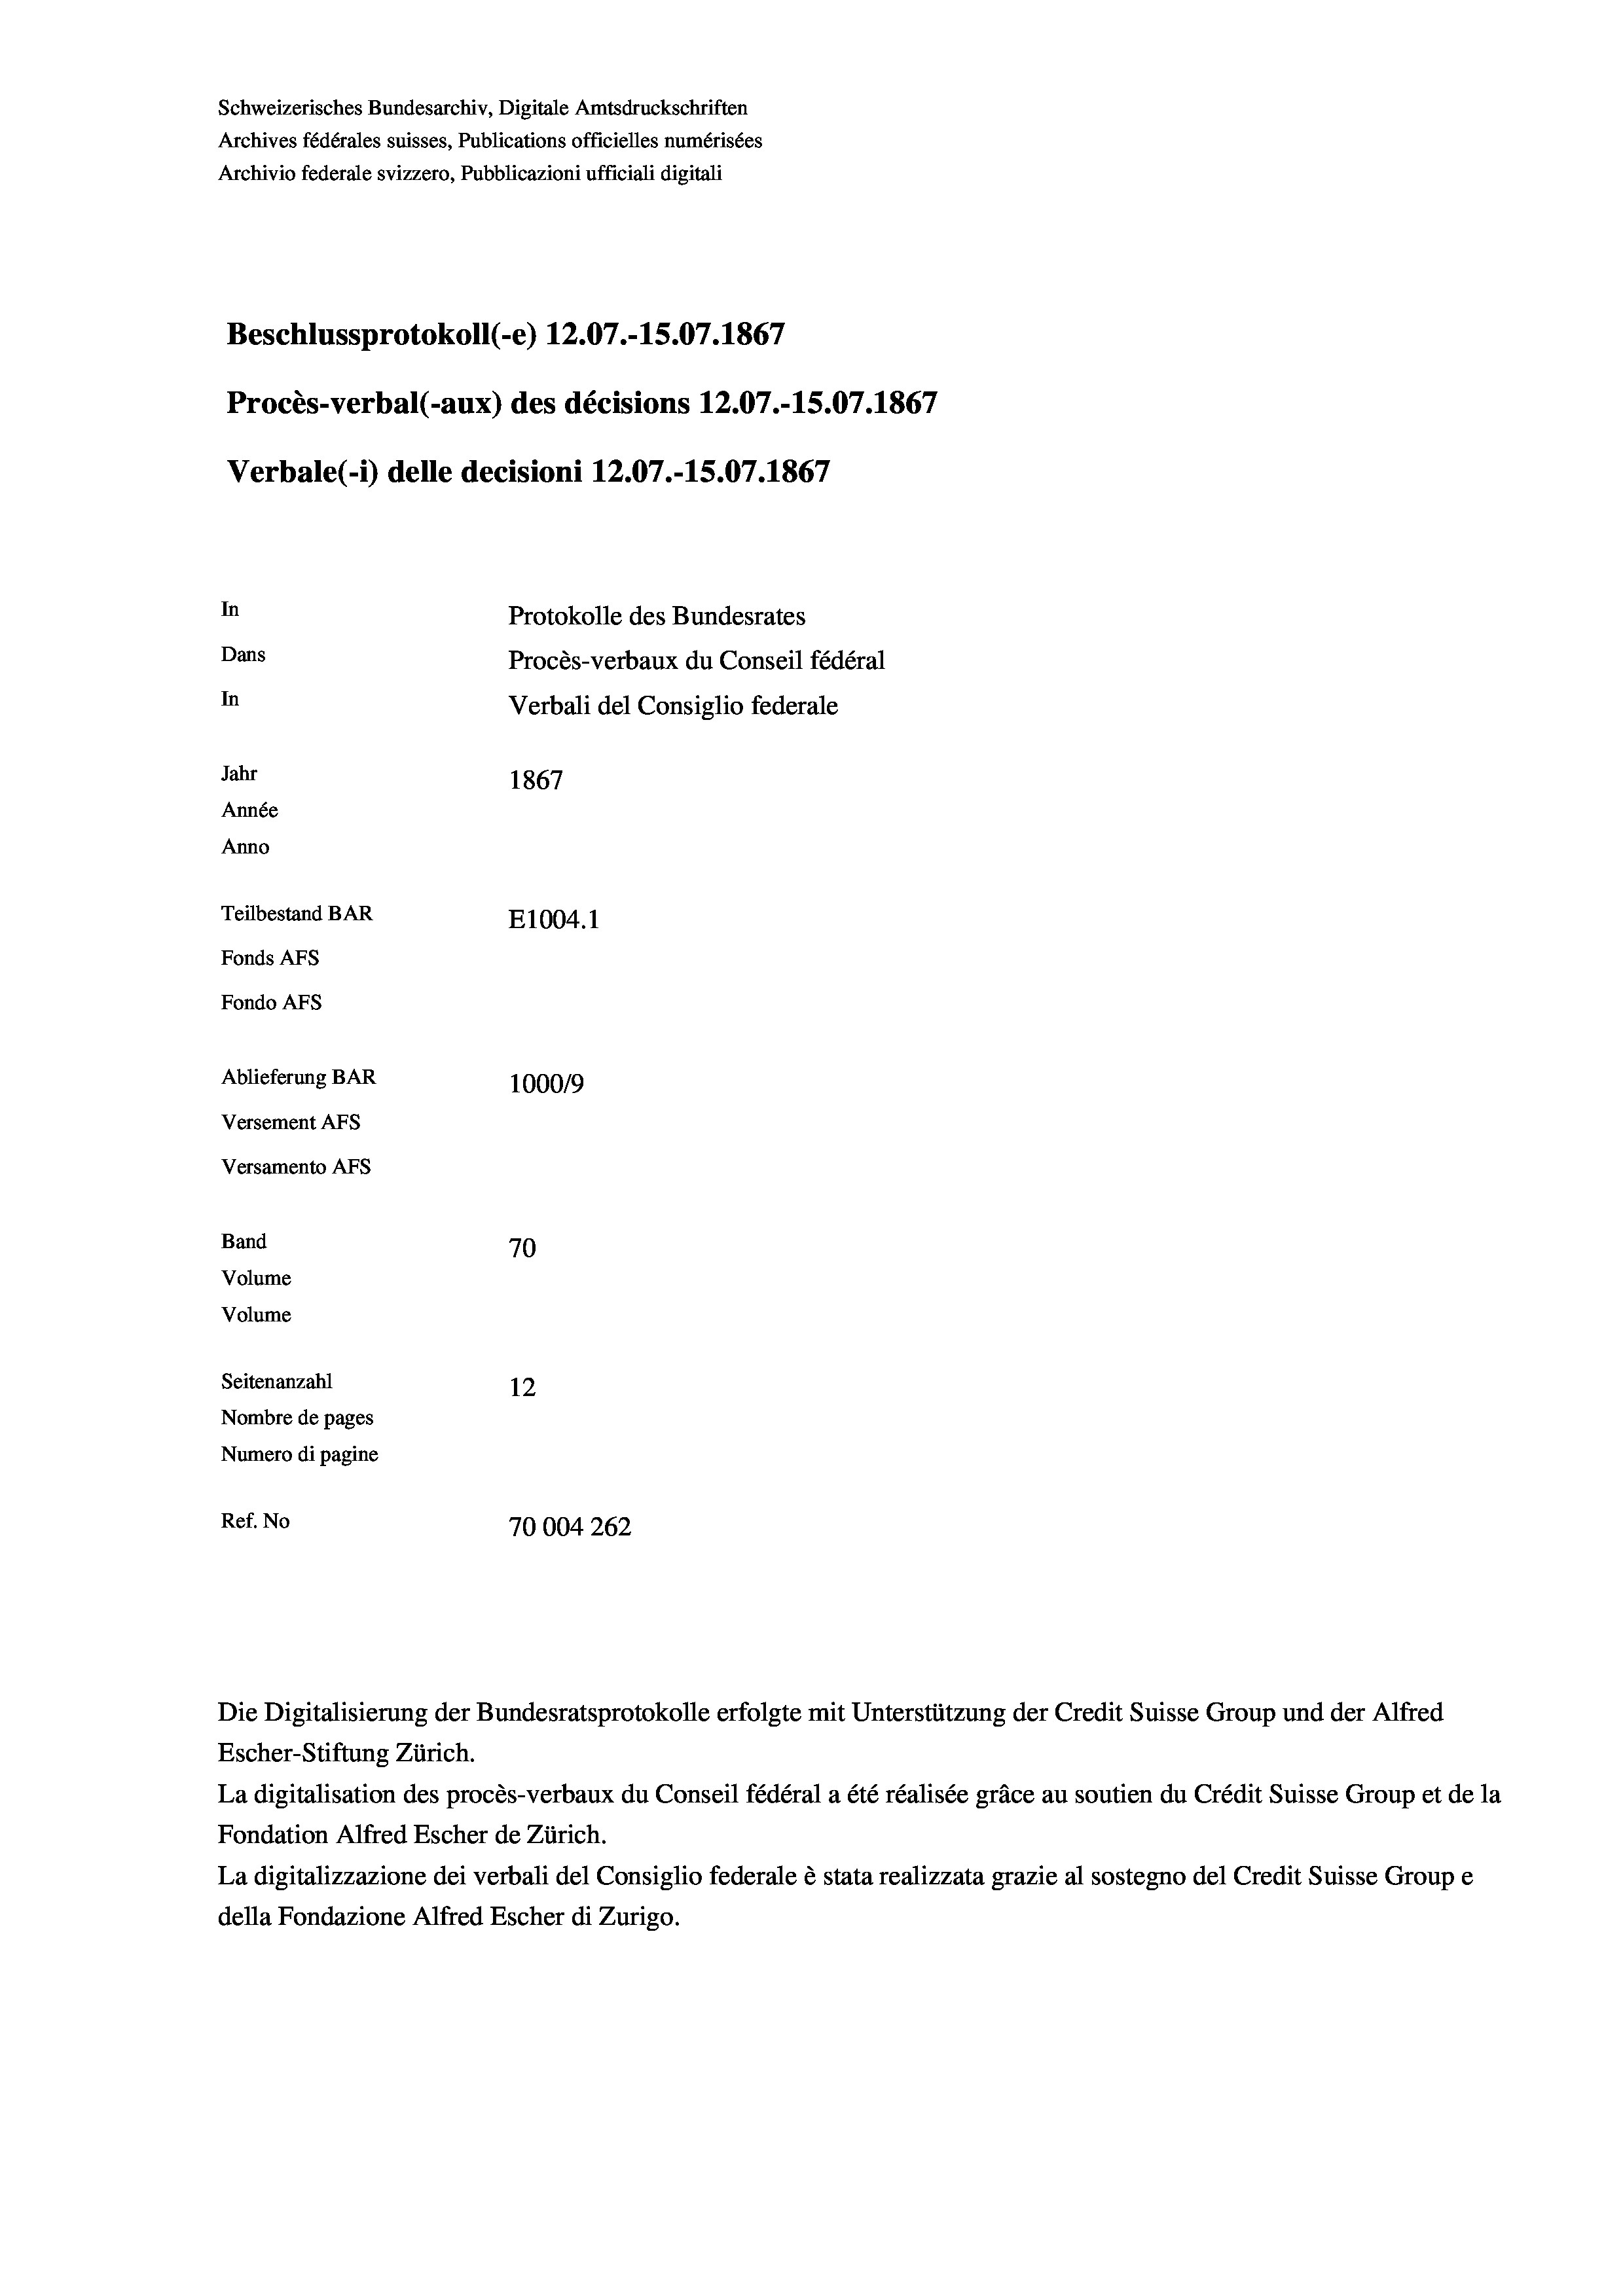
Schweizerisches Bundesarchiv, Digitale Amtsdruckschriften
Archives fédérales suisses, Publications officielles numérisées
Archivio federale svizzero, Pubblicazioni ufficiali digitali
Beschlussprotokoll (-e) 12.07.-15.07. 1867
Procès-verbal (-aux) des décisions 12.07.-15.07. 1867
Verbale (- 1) delle decisioni 12.07.-15.07. 1867
In
Protokolle des Bundesrates
Dans
Procès-verbaux du Conseil fédéral
In
Verbali del Consiglio federale
Jahr
1867
Année
Anno
Teilbestand BAR
E1004.1
Fonds Afs
Fondo AFS
Ablieferung BAR
100019
Versement AFS
Versamento Afs
Band
70
Volume
Volume
Seitenanzahl
12
Nombre de pages
Numero di pagine
Ref. No
10004262

Escher-Stiftung Zürich.
La digitalisation des procès-verbaux du Conseil fédéral a été réalisée gräce au soutien du Crédit Suisse Group et de la
Fondation Alfred Escher de Zürich.
La digitalizzazione dei verbali del Consiglio federale è stata realizzata grazie al sostegno del Credit Suisse Groupe
della Fondazione Alfred Escher di Zurigo.

Die Digitalisierung der Bundesratsprotokolle erfolgte mit Unterstützung der Credit Suisse Group und der Alfred